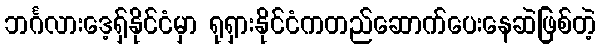
ဘင်္ဂလားဒေ့ရှ်နိုင်ငံမှာ ရုရှားနိုင်ငံကတည်ဆောက်ပေးနေဆဲဖြစ်တဲ့